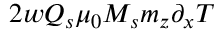
2 w Q _ { s } \mu _ { 0 } M _ { s } m _ { z } \partial _ { x } T